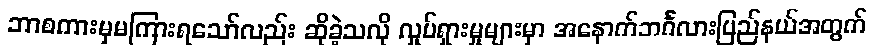
ဘာစကားမှမကြားရသော်လည်း ဆိုခဲ့သလို လှုပ်ရှားမှုများမှာ အနောက်ဘင်္ဂလားပြည်နယ်အတွက်